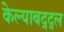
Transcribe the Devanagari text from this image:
केल्याबद्द्ल